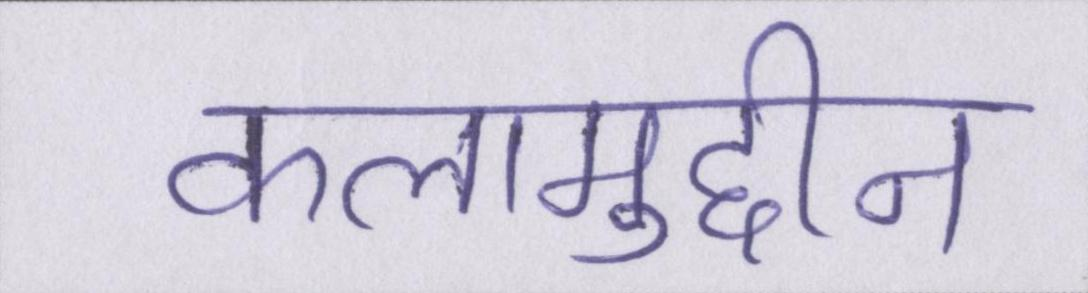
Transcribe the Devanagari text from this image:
कलामुद्दीन